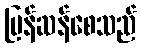
မြန်ဆန်စေသည်